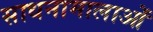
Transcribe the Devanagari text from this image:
साधनामालाओं